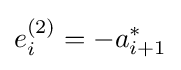
e_{i}^{(2)}=-a_{i+1}^{*}